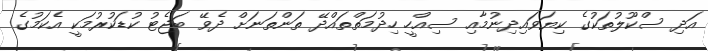
އަދި ސްކޫލުތަކުގެ ކިޔަވައިދިނުމާއި ސިއްހީ ހިދުމަތްތައްދޭ ތަންތަނަށް ދެވޭ ބަޖެޓު ކުޑަކުރުމަކީ އެކަމުގެ